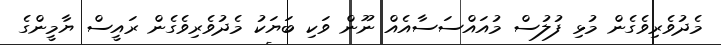
މެދުވެރިވެގެން މުޅި ފުލުސް މުއައްސަސާއެއް ނޫން ވަކި ބަޔަކު މެދުވެރިވެގެން ރައީސް ޔާމީންގެ